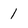
Character: 1